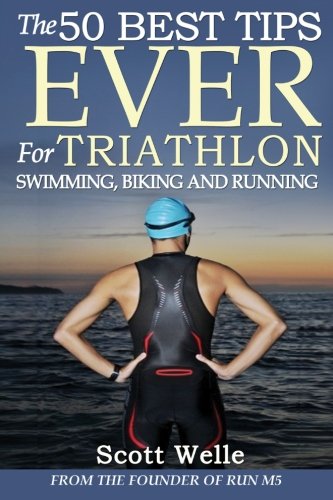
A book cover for The 50 Best Tips EVER for Triathlon Swimming, Biking and Running; Scott Welle; Health, Fitness & Dieting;